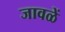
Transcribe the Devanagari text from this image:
जावळें